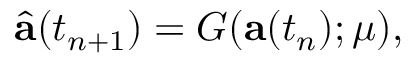
\widehat { \mathbf { a } } ( t _ { n + 1 } ) = G ( \mathbf { a } ( t _ { n } ) ; \mu ) ,